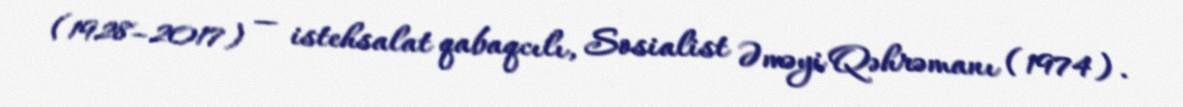
(1928–2017) — istehsalat qabaqcılı, Sosialist Əməyi Qəhrəmanı (1974).